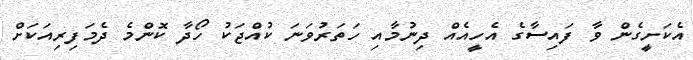
އެކަށީގެން ވާ ފައިސާގެ އެހީއެއް ދިނުމާއި ހަތަރުވަނަ ކުއްޖަކު ހޯދާ ކޮންމެ ދެމަފިރިއަކަށް